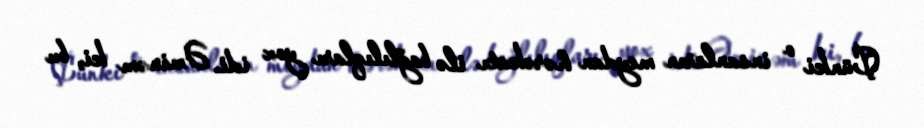
Çünki o insanların meydan hərəkatı ilə bağlılıqları yox idi. Əminəm ki, bu